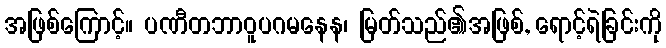
အဖြစ်ကြောင့်။ ပဏီတဘာဝူပဂမနေန၊ မြတ်သည်၏အဖြစ်, ရောင့်ရဲခြင်းကို